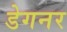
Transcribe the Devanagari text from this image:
डेगनर